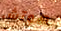
هوتش